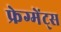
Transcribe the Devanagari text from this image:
फ्रेग्मेंट्स